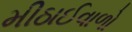
મીઠાઈવાળો